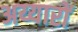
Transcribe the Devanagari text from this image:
अय्यारों